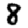
Digit: 8